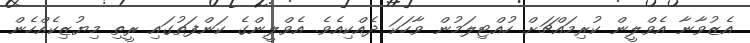
އެޒުވާނާ އެވްލީން ކުރިމައްޗަށް ހުއްޓިލަމުން ވާހަކަ ދެއްކިއެވެ. އެވްލީންގެ ކަންފަތުގައި ރީތި މިޔުޒިކެއްހެން